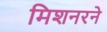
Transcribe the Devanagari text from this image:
मिशनरने